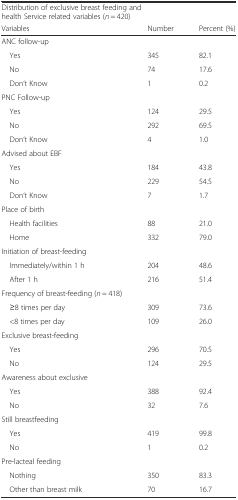
<table><thead><tr><td colspan="3"><b>Distribution of exclusive breast feeding and health Service related variables (<i>n</i> = 420)</b></td></tr><tr><td><b>Variables</b></td><td><b>Number</b></td><td><b>Percent (%)</b></td></tr></thead><tbody><tr><td>ANC follow-up</td><td></td><td></td></tr><tr><td> Yes</td><td>345</td><td>82.1</td></tr><tr><td> No</td><td>74</td><td>17.6</td></tr><tr><td> Don’t Know</td><td>1</td><td>0.2</td></tr><tr><td>PNC Follow-up</td><td></td><td></td></tr><tr><td> Yes</td><td>124</td><td>29.5</td></tr><tr><td> No</td><td>292</td><td>69.5</td></tr><tr><td> Don’t Know</td><td>4</td><td>1.0</td></tr><tr><td>Advised about EBF</td><td></td><td></td></tr><tr><td> Yes</td><td>184</td><td>43.8</td></tr><tr><td> No</td><td>229</td><td>54.5</td></tr><tr><td> Don’t Know</td><td>7</td><td>1.7</td></tr><tr><td>Place of birth</td><td></td><td></td></tr><tr><td> Health facilities</td><td>88</td><td>21.0</td></tr><tr><td> Home</td><td>332</td><td>79.0</td></tr><tr><td>Initiation of breast-feeding</td><td></td><td></td></tr><tr><td> Immediately/within 1 h</td><td>204</td><td>48.6</td></tr><tr><td> After 1 h</td><td>216</td><td>51.4</td></tr><tr><td>Frequency of breast-feeding (<i>n</i> = 418)</td><td></td><td></td></tr><tr><td> ≥8 times per day</td><td>309</td><td>73.6</td></tr><tr><td> &lt;8 times per day</td><td>109</td><td>26.0</td></tr><tr><td>Exclusive breast-feeding</td><td></td><td></td></tr><tr><td> Yes</td><td>296</td><td>70.5</td></tr><tr><td> No</td><td>124</td><td>29.5</td></tr><tr><td>Awareness about exclusive</td><td></td><td></td></tr><tr><td> Yes</td><td>388</td><td>92.4</td></tr><tr><td> No</td><td>32</td><td>7.6</td></tr><tr><td>Still breastfeeding</td><td></td><td></td></tr><tr><td> Yes</td><td>419</td><td>99.8</td></tr><tr><td> No</td><td>1</td><td>0.2</td></tr><tr><td>Pre-lacteal feeding</td><td></td><td></td></tr><tr><td> Nothing</td><td>350</td><td>83.3</td></tr><tr><td> Other than breast milk</td><td>70</td><td>16.7</td></tr></tbody></table>